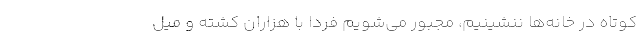
کوتاه در خانه‌ها ننشینیم، مجبور می‌شویم فردا با هزاران کشته و میل